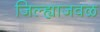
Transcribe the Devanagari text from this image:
जिल्ह्याजवळ